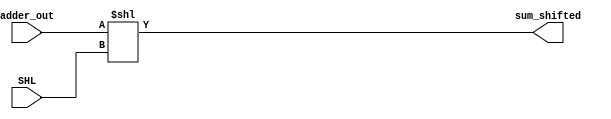
    module first_massive_shift_left (adder_out , SHL , sum_shifted);
input [26:0]adder_out;
input [4:0]SHL;
output reg [26:0]sum_shifted;
always@(*)
begin
    sum_shifted = adder_out << SHL;
end
endmodule